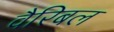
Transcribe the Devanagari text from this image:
वैरिबल